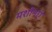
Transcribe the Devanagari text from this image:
मशीनएं